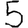
Digit: 5